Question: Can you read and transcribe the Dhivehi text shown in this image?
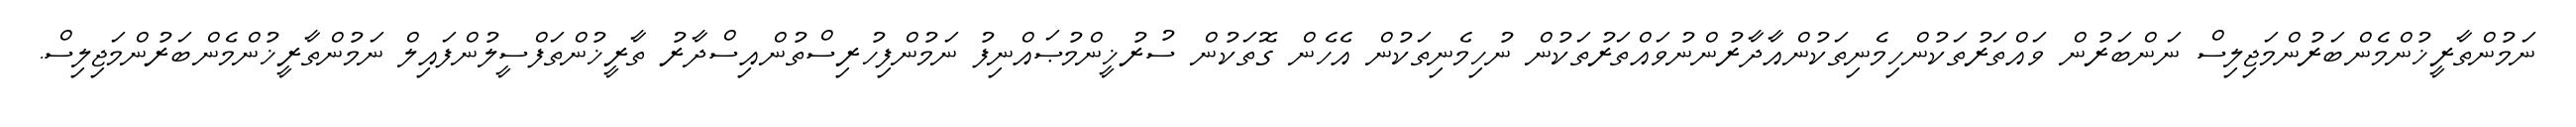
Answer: ނަމުންތާރީޚުންމެންބަރުންމަޖިލިސް ނަންބަރުން ވައްތަރުތަކުންހިމެނިތަކުންއާދާރުންނުވައްތަރުތަކުން ނުހިމެނިތަކުން އެހެން ގޮތަކުން ސުރުޚީންމުޞައްނިފު ނަމުންފިހުރިސްތުންއިސްދާރު ތާރީޚުންތަފްސީލުންފައިލް ނަމުންތާރީޚުންމެންބަރުންމަޖިލިސް.